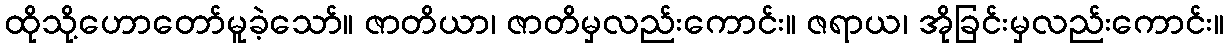
ထိုသို့ဟောတော်မူခဲ့သော်။ ဇာတိယာ၊ ဇာတိမှလည်းကောင်း။ ဇရာယ၊ အိုခြင်းမှလည်းကောင်း။